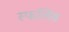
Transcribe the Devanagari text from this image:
स्फलिस